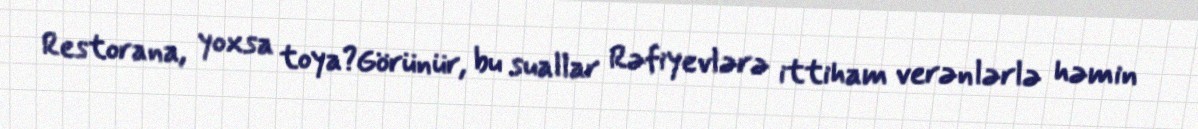
Restorana, yoxsa toya?Görünür, bu suallar Rəfiyevlərə ittiham verənlərlə həmin